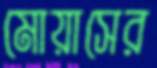
মোয়াসের